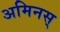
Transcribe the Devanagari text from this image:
अमिनस्